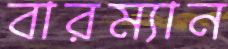
বারম্যান